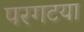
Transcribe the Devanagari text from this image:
परगटया